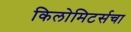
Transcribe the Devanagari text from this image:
किलोमिटर्सचा